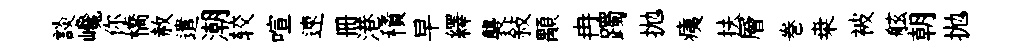
談巉你橋赦遣潮较喧速册港積早繹襲敍顒冉躅拋痍扶層巻桒被舷朝拋